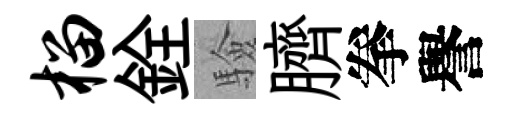
榴銓驗臍拳譽